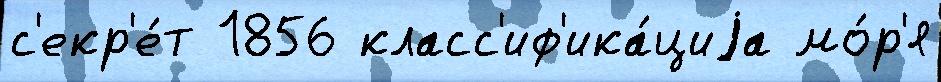
с'екр'е́т 1856 класс'иф'ика́циjа мо́р'я